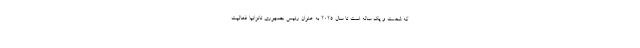
که شصت و یک ساله است تا سال ۲۰۲۵ به عنوان رئيس جمهوری تانزانیا فعالیت